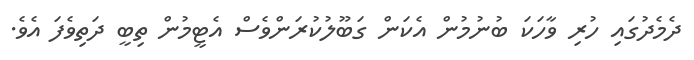
ދެމެދުގައި ހުރި ވާހަކަ ބުނުމުން އެކަން ގަބޫލުކުރަންވެސް އެޓީމުން ތިބީ ދަތިވެފަ އެވެ.